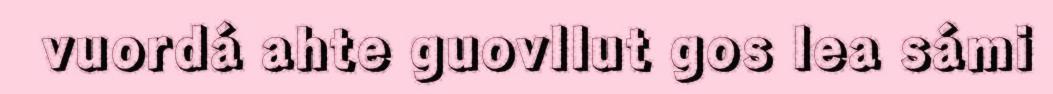
vuordá ahte guovllut gos lea sámi